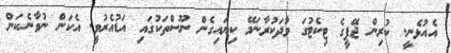
އެއުޅެނީ. ކުރިން ޖޭޕީގެ ޓިކެޓުގަ ވާަދަކުރާނަމޭ ކިޔައިގެން ނޫސްތަކުގައި އަޑުއެރުވީ. އެކަން ނުވާނެކަން